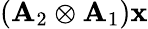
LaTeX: (\mathbf{A}_{2}\otimes\mathbf{A}_{1})\mathbf{x}